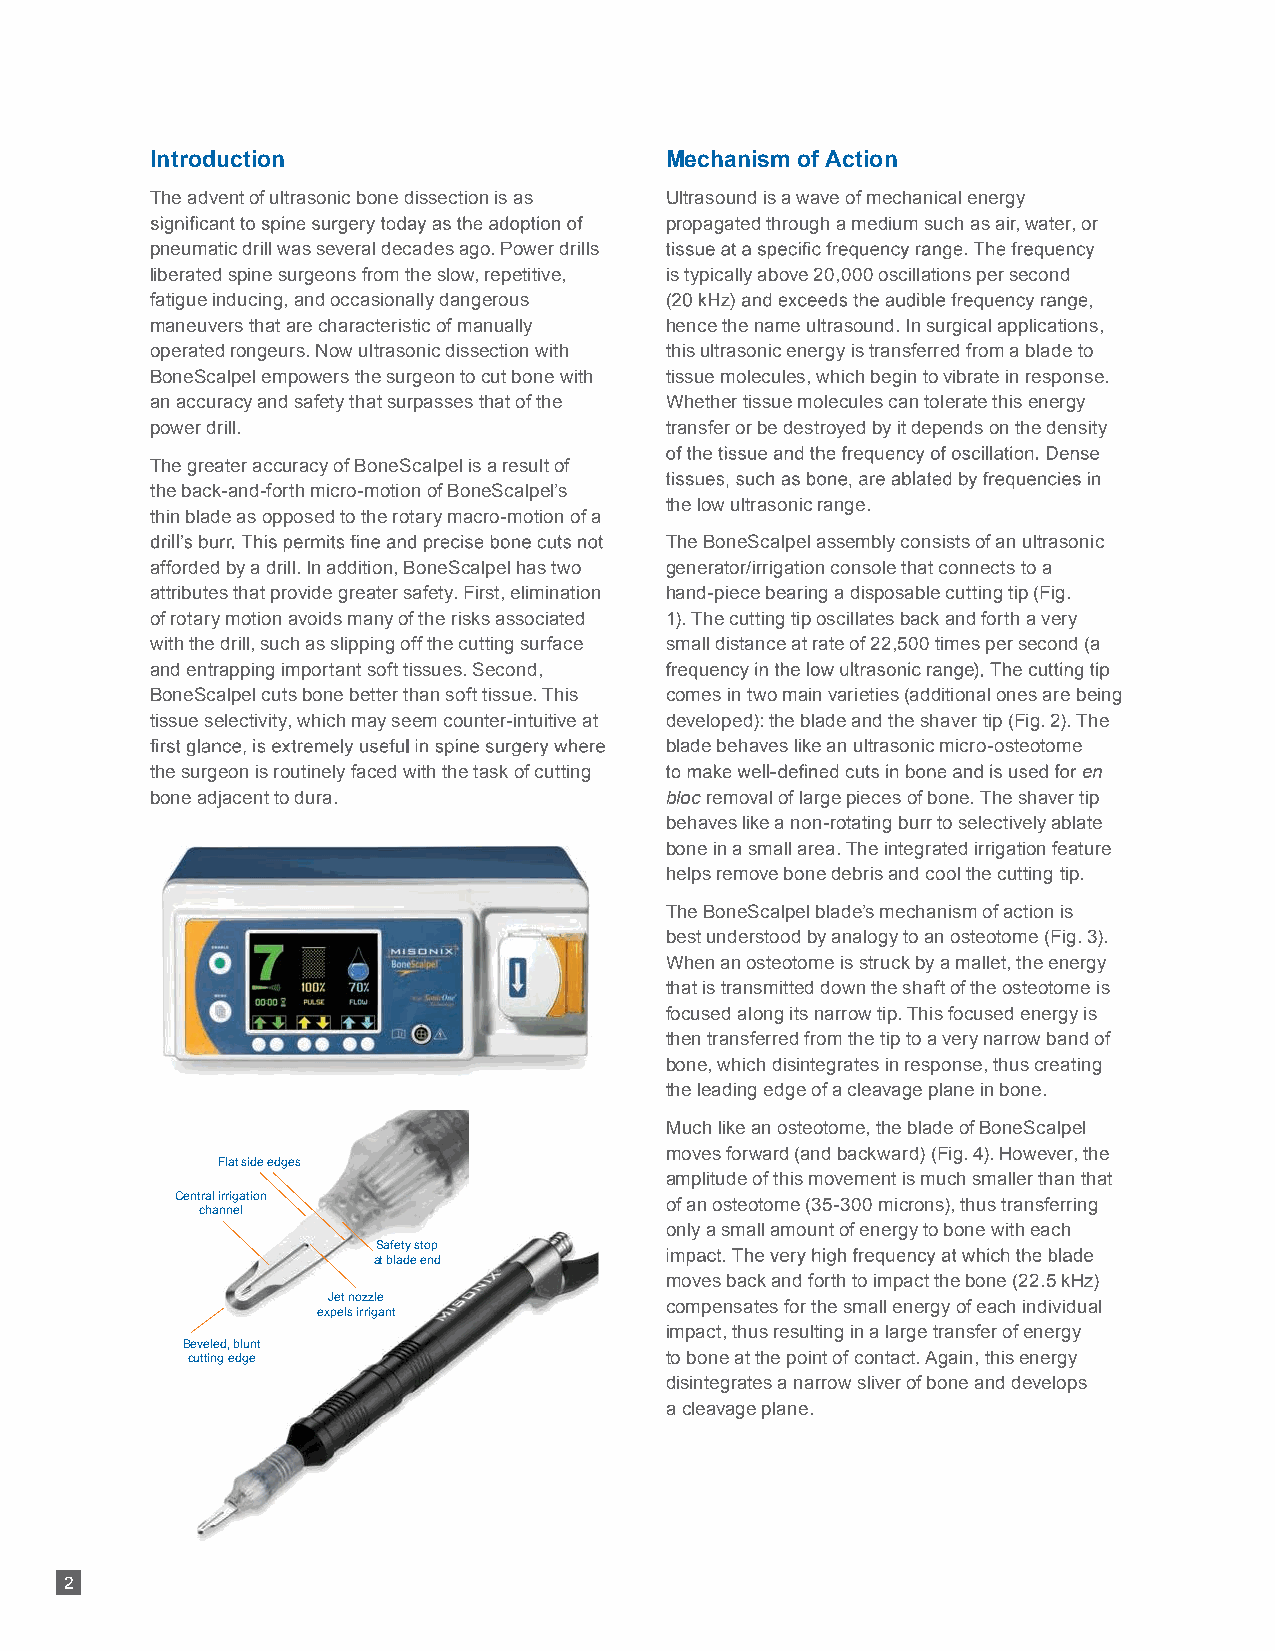
Introduction                      Mechanism of Action
 The advent of ultrasonic bone dissection is as Ultrasound is a wave of mechanical energy
 propagated through a medium such as air, water, or
 pneumatic drill was several decades ago. Power drills
 liberated spine surgeons from the slow, repetitive, is typically above 20,000 oscillations per second
 fatigue inducing, and occasionally dangerous
 maneuvers that are characteristic of manually hence the name ultrasound. In surgical applications,
 operated rongeurs. Now ultrasonic dissection with this ultrasonic energy is transferred from a blade to
 BoneScalpel empowers the surgeon to cut bone with tissue molecules, which begin to vibrate in response.
 an accuracy and safety that surpasses that of the Whether tissue molecules can tolerate this energy
 power drill.                      transfer or be destroyed by it depends on the density
 The greater accuracy of BoneScalpel is a result of
 the back-and-forth micro-motion of BoneScalpel’s
 the low ultrasonic range.
 thin blade as opposed to the rotary macro-motion of a
 The BoneScalpel assembly consists of an ultrasonic
 afforded by a drill. In addition, BoneScalpel has two generator/irrigation console that connects to a
 attributes that provide greater safety. First, elimination hand-piece bearing a disposable cutting tip (Fig.
 of rotary motion avoids many of the risks associated 1). The cutting tip oscillates back and forth a very
 with the drill, such as slipping off the cutting surface small distance at rate of 22,500 times per second (a
 and entrapping important soft tissues. Second,
 BoneScalpel cuts bone better than soft tissue. This comes in two main varieties (additional ones are being
 tissue selectivity, which may seem counter-intuitive at developed): the blade and the shaver tip (Fig. 2). The
 blade behaves like an ultrasonic micro-osteotome
 the surgeon is routinely faced with the task of cutting       en
 bone adjacent to dura.            bloc removal of large pieces of bone. The shaver tip
 behaves like a non-rotating burr to selectively ablate
 bone in a small area. The integrated irrigation feature
 helps remove bone debris and cool the cutting tip.
 The BoneScalpel blade’s mechanism of action is
 best understood by analogy to an osteotome (Fig. 3).
 When an osteotome is struck by a mallet, the energy
 that is transmitted down the shaft of the osteotome is
 focused along its narrow tip. This focused energy is
 then transferred from the tip to a very narrow band of
 bone, which disintegrates in response, thus creating
 the leading edge of a cleavage plane in bone.
 Much like an osteotome, the blade of BoneScalpel
 moves forward (and backward) (Fig. 4). However, the
 Flat side edges
 amplitude of this movement is much smaller than that
 Central irrigation              of an osteotome (35-300 microns), thus transferring
 channel
 only a small amount of energy to bone with each
 Safety stop
 at blade end
 moves back and forth to impact the bone (22.5 kHz)
 Jet nozzle            compensates for the small energy of each individual
 expels irrigant
 impact, thus resulting in a large transfer of energy
 Beveled, blunt
 cutting edge                    to bone at the point of contact. Again, this energy
 disintegrates a narrow sliver of bone and develops
 a cleavage plane.
 Figure 1. BoneScalpel
 console and handpiece
 2